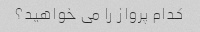
کدام پرواز را می خواهید؟